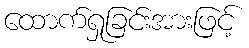
ထောက်ရှုခြင်းအားဖြင့်